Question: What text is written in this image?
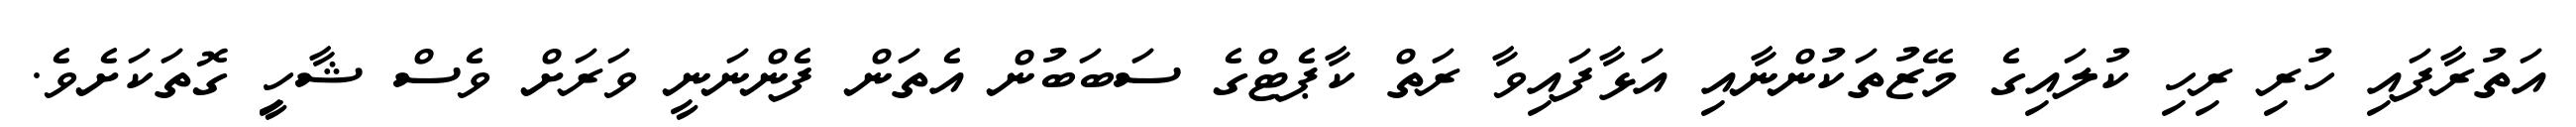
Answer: އަތުރާފައި ހުރި ރިހި ކުލައިގެ މޭޒުތަކުންނާއި އަޅާފައިވާ ރަތް ކާޕެޓްގެ ސަބަބުން އެތަން ފެންނަނީ ވަރަށް ވެސް ޝާހިީ ގޮތަކަށެވެ.